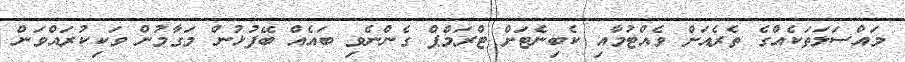
މައްސަލަތަކެއްގެ ތެރެއަށް ވެއްޓުމާއި ކެބިނެޓަށް ޓްރަމްޕް ގެންނެވި ބައެއް ބޭފުޅުން މަގާމުން ވަކިކުރައްވަން